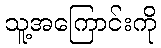
သူ့အကြောင်းကို